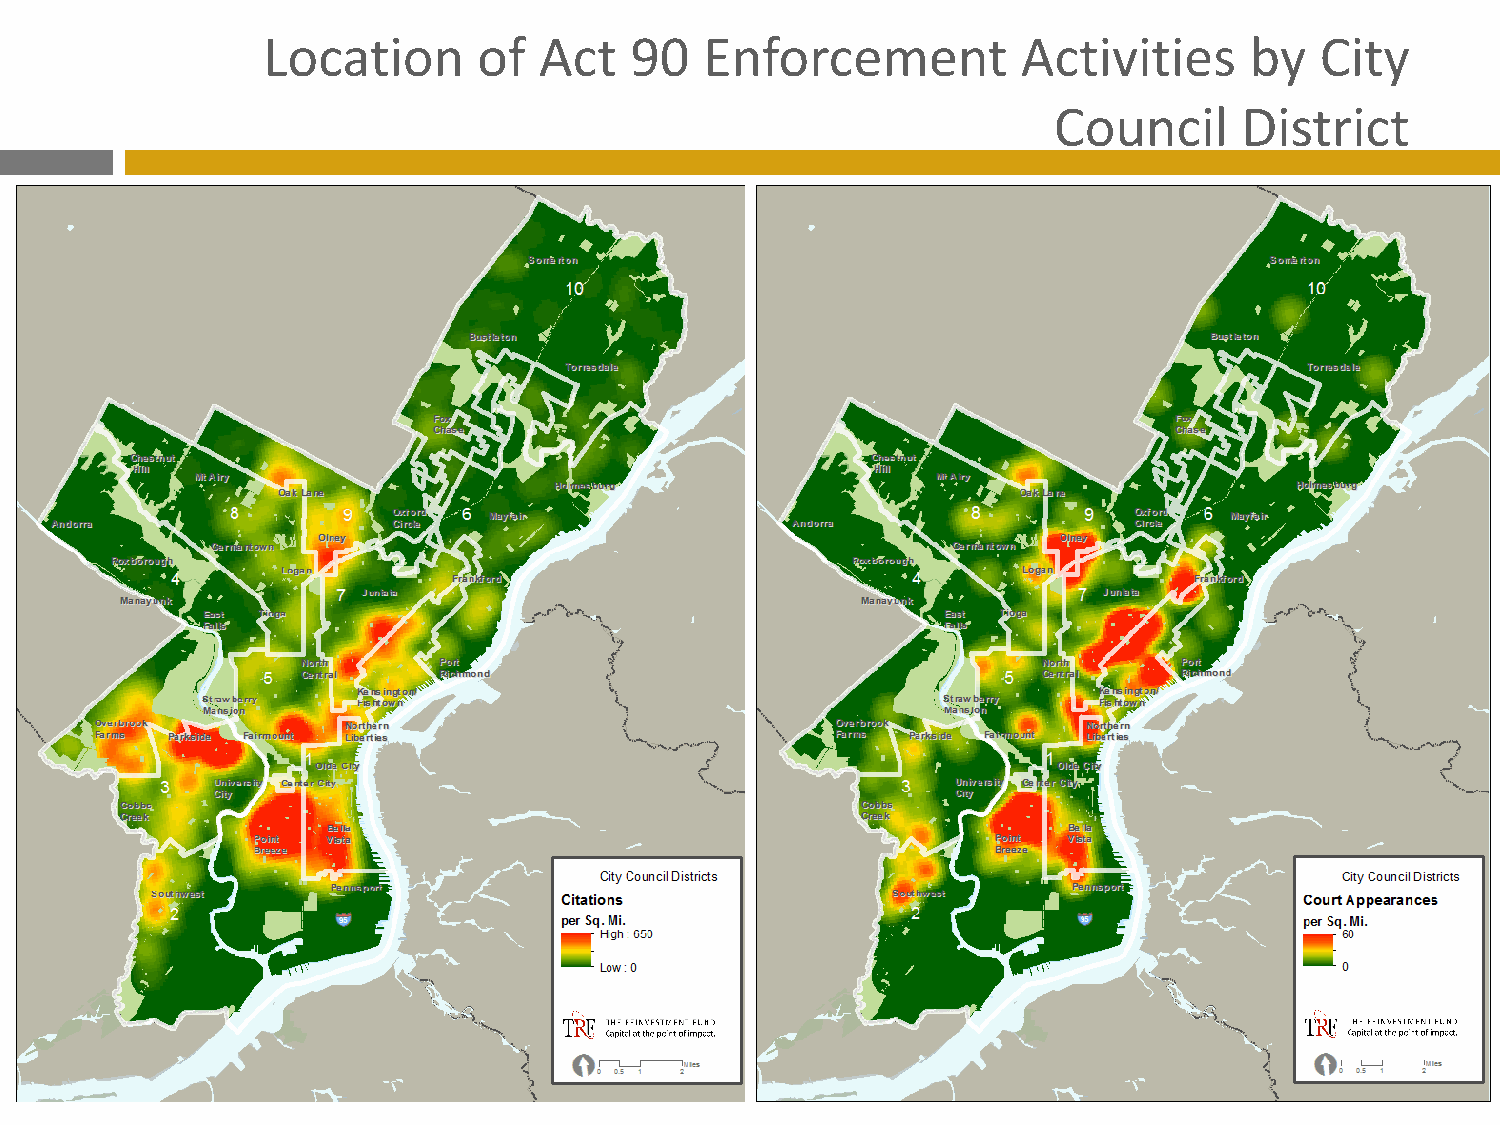
Location       of  Act   90   Enforcement          Activities     by  City
 Council     District